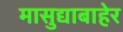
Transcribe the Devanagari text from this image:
मासुद्याबाहेर